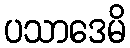
ပသာဒေမိ